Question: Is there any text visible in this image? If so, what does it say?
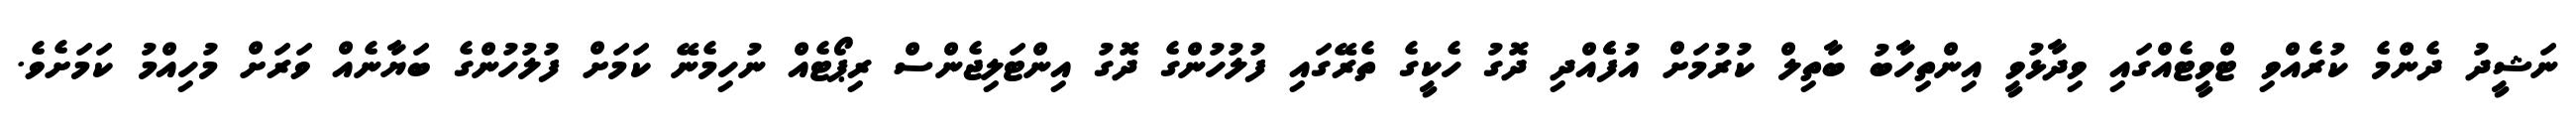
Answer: ނަޝީދު ދެންމެ ކުރެއްވި ޓްވީޓެއްގައި ވިދާޅުވީ އިންތިހާބު ބާތިލް ކުރުމަށް އުފެެއްދި ދޮގު ހެކީގެ ތެރޭގައި ފުލުހުންގެ ދޮގު އިންޓަލިޖެންސް ރިޕޯޓެއް ނުހިމެނޭ ކަމަށް ފުލުހުންގެ ބަޔާނެއް ވަރަށް މުހިއްމު ކަމަށެވެ.